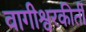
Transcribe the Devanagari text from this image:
वागीश्वरकीर्ती